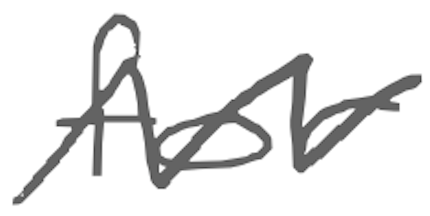
Text: for
Cross-out: zig-zag
Writing tool: digital_gray